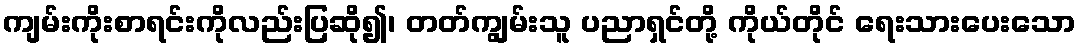
ကျမ်းကိုးစာရင်းကိုလည်းပြဆို၍၊ တတ်ကျွမ်းသူ ပညာရှင်တို့ ကိုယ်တိုင် ရေးသားပေးသော